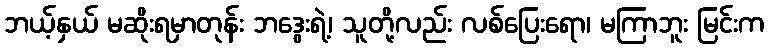
ဘယ့်နှယ် မဆိုးရမှာတုန်း ဘဒွေးရဲ့၊ သူတို့လည်း လစ်ပြေးရော၊ မကြာဘူး မြင်းက